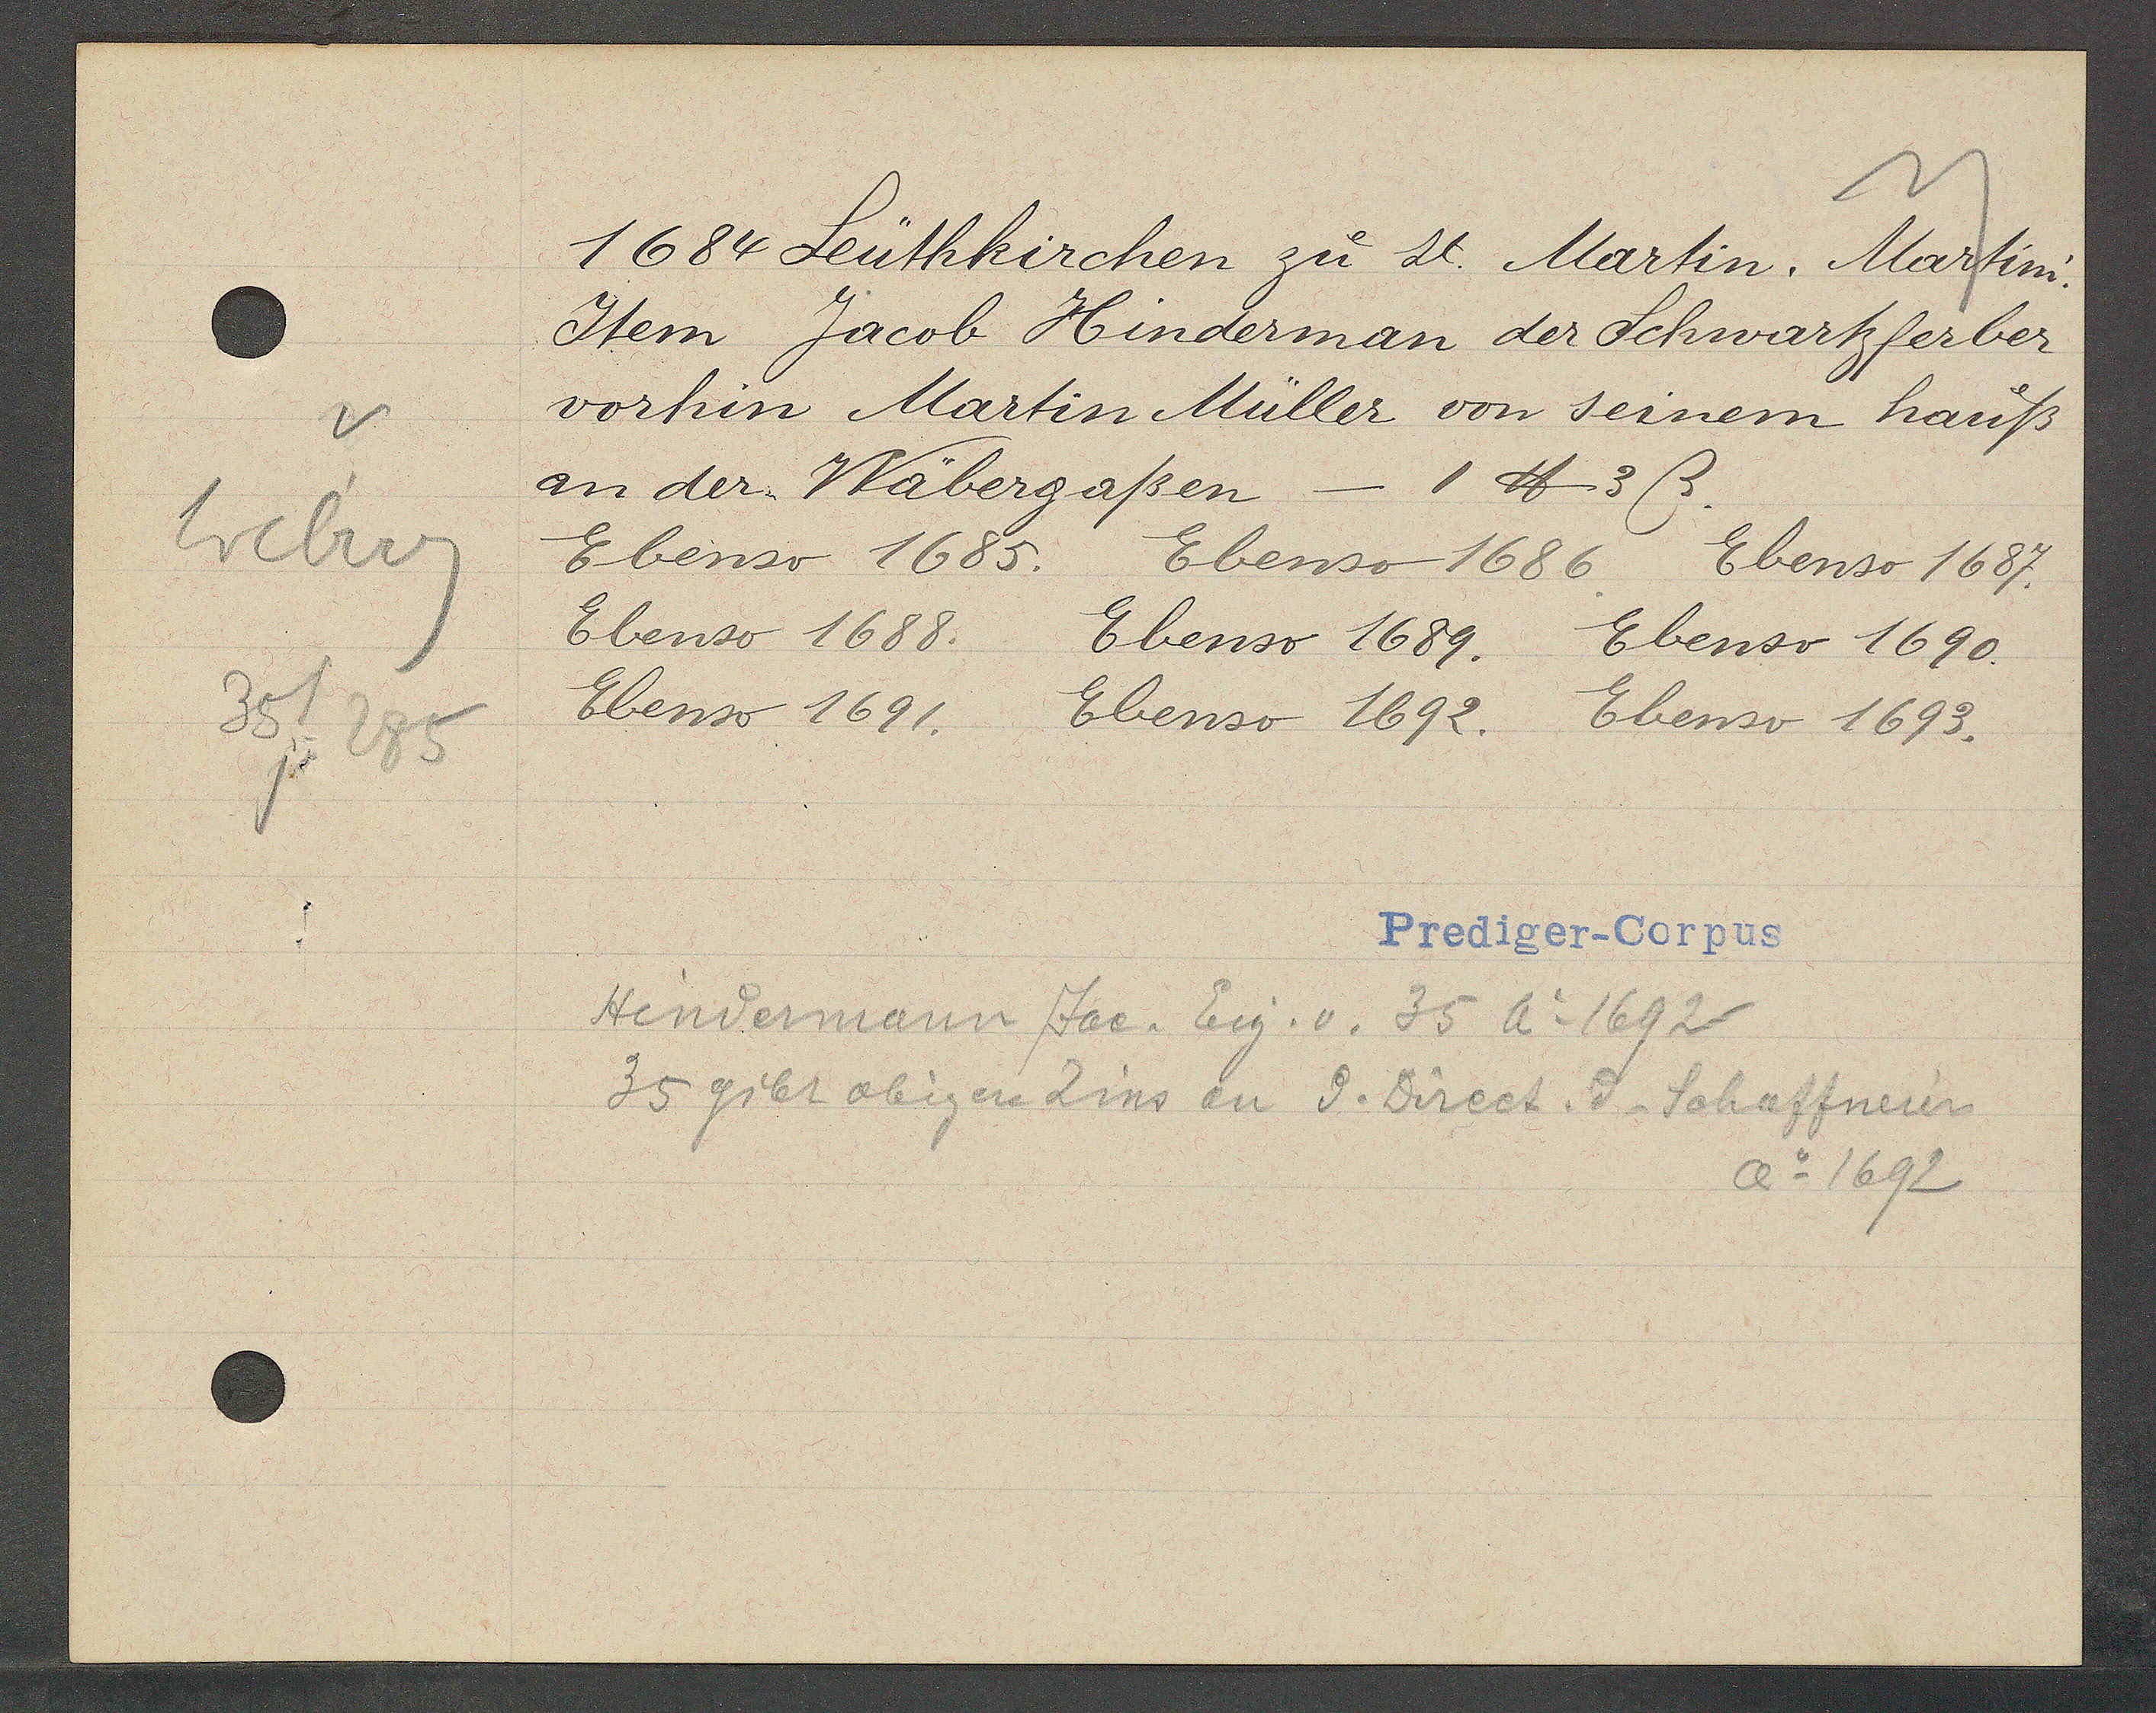
Transcript:
Weberg
35/285

1684 Leuthkirchen zu st. Martin. Martini.

Item Jacob Hinderman der Schwartzferber
vorhin Martin Müller von seinem hauß
an der Wäbergaßen - 1 ℔ 3ß.
Ebenso 1685.
Ebenso 1686.
Ebenso 1687.
Ebenso 1688.
Ebenso 1689.
Ebenso 1690.
Ebenso 1691.
Ebenso 1692. Ebenso 1693.

Hindermann Jac. Eig. v. 35 Ao 1692
35 gibt obigen Zins an d. Direct. d. Schaffneien
Ao 1692

Prediger-Corpus